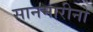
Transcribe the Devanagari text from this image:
सानमारीनो